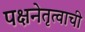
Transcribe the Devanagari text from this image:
पक्षनेतृत्वाची